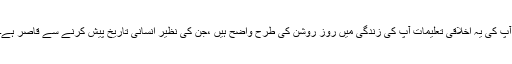
آپ کی یہ اخلاقی تعلیمات آپ کی زِندگی میں روزِ روشن کی طرح وَاضح ہیں ،جن کی نظیر اِنسانی تارِیخ پیش کرنے سے قاصر ہے۔